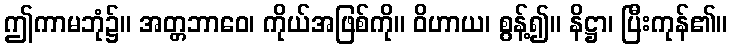
ဤကာမဘုံ၌။ အတ္တဘာဝေ၊ ကိုယ်အဖြစ်ကို။ ဝိဟာယ၊ စွန့်၍။ နိဋ္ဌာ၊ ပြီးကုန်၏။